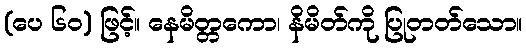
(ပေ ၆၀) ဖြင့်။ နေမိတ္တကော၊ နိမိတ်ကို ပြုတတ်သော။